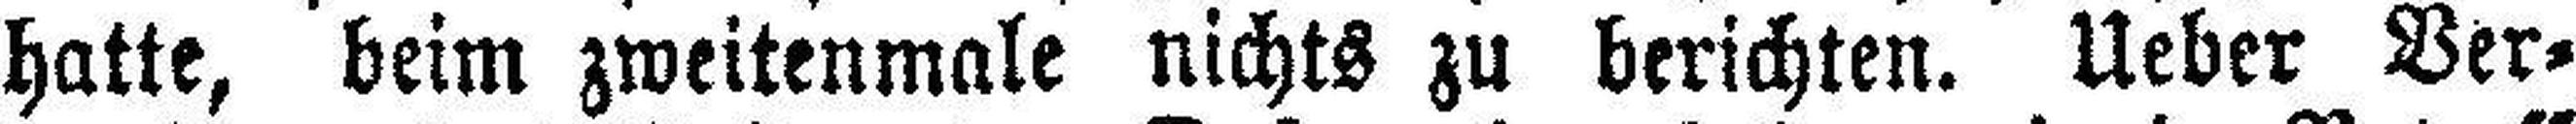
hatte, beim zweitenmale nichts zu berichten. Ueber Ver¬